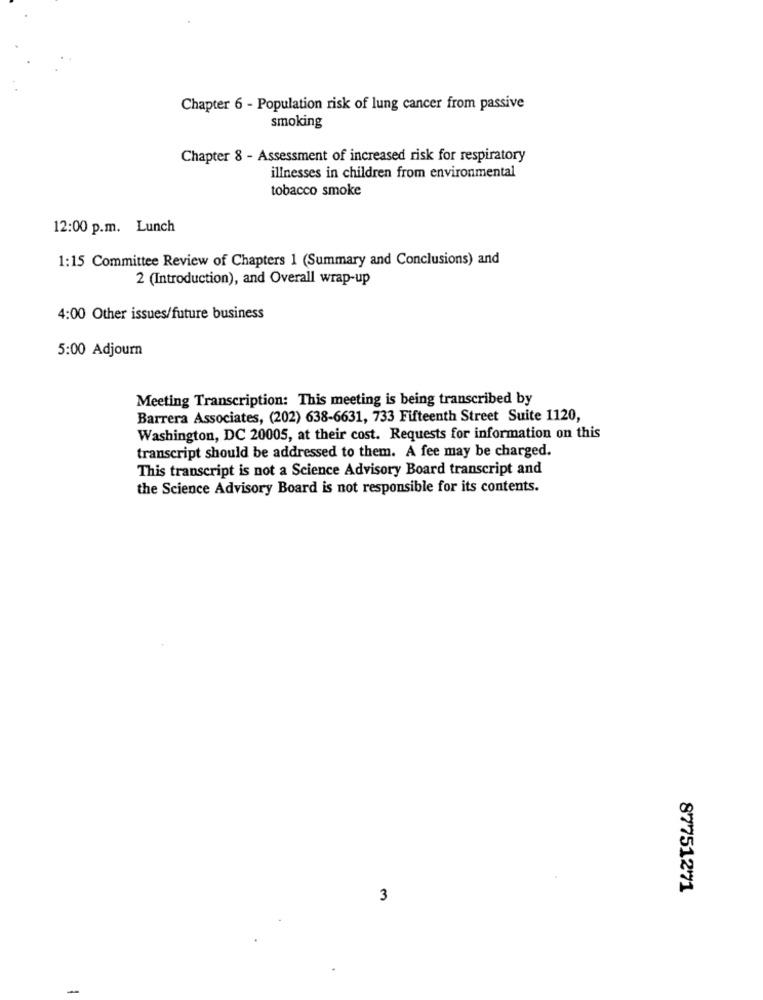
Chapter 6 - Population risk of lung cancer from passive
smoking
Chapter 8 - Assessment of increased risk for respiratory
illnesses in children from environmental
tobacco smoke
12:00 p.m. Lunch
1:15 Committee Review of Chapters 1 (Summary and Conclusions) and
2 (Introduction), and Overall wrap-up
4:00 Other issues/future business
5:00 Adjourn
Meeting Transcription: This meeting is being transcribed by
Barrera Associates, (202) 638-6631, 733 Fifteenth Street Suite 1120,
Washington, DC 20005, at their cost. Requests for information on this
transcript should be addressed to them. A fee may be charged.
This transcript is not a Science Advisory Board transcript and
the Science Advisory Board is not responsible for its contents.
87751271
3